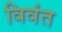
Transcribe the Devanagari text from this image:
विवंत